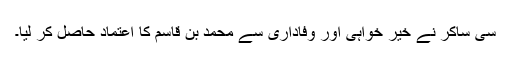
سی ساکر نے خیر خواہی اور وفاداری سے محمد بن قاسم کا اعتماد حاصل کر لیا۔